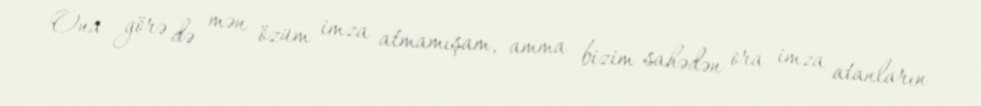
Ona görə də mən özüm imza atmamışam, amma bizim sahədən ora imza atanların